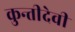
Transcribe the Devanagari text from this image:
कुन्तीदेवी